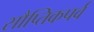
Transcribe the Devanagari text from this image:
सौप्तिकपर्व